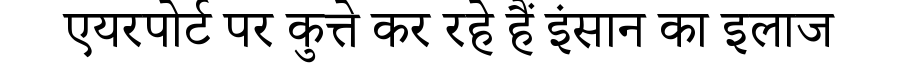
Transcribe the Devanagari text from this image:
एयरपोर्ट पर कुत्ते कर रहे हैं इंसान का इलाज